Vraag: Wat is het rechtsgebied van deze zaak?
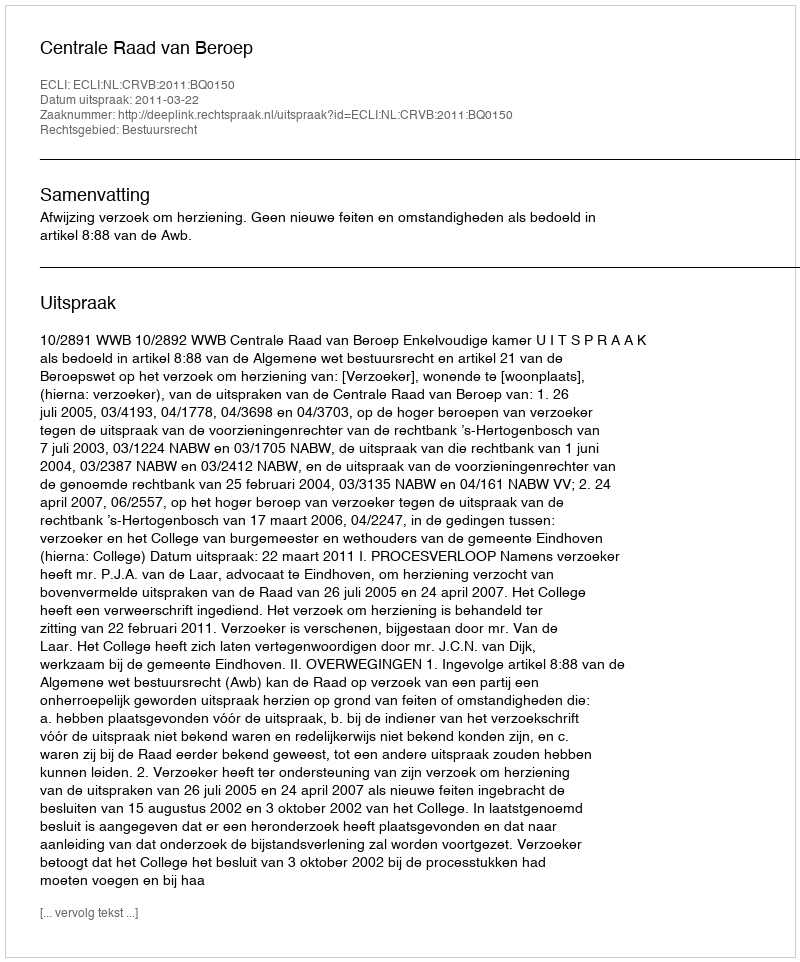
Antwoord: Bestuursrecht